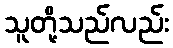
သူတို့သည်လည်း